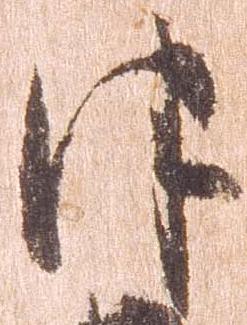
津